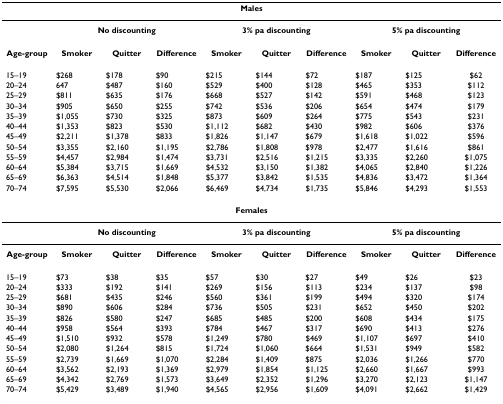
<table><thead><tr><td colspan="10"><b>Males</b></td></tr></thead><tbody><tr><td></td><td colspan="3"><b>No discounting</b></td><td colspan="3"><b>3% pa discounting</b></td><td colspan="3"><b>5% pa discounting</b></td></tr><tr><td><b>Age-group</b></td><td><b>Smoker</b></td><td><b>Quitter</b></td><td><b>Difference</b></td><td><b>Smoker</b></td><td><b>Quitter</b></td><td><b>Difference</b></td><td><b>Smoker</b></td><td><b>Quitter</b></td><td><b>Difference</b></td></tr><tr><td>15–19</td><td>$268</td><td>$178</td><td>$90</td><td>$215</td><td>$144</td><td>$72</td><td>$187</td><td>$125</td><td>$62</td></tr><tr><td>20–24</td><td>647</td><td>$487</td><td>$160</td><td>$529</td><td>$400</td><td>$128</td><td>$465</td><td>$353</td><td>$112</td></tr><tr><td>25–29</td><td>$811</td><td>$635</td><td>$176</td><td>$668</td><td>$527</td><td>$142</td><td>$591</td><td>$468</td><td>$123</td></tr><tr><td>30–34</td><td>$905</td><td>$650</td><td>$255</td><td>$742</td><td>$536</td><td>$206</td><td>$654</td><td>$474</td><td>$179</td></tr><tr><td>35–39</td><td>$1,055</td><td>$730</td><td>$325</td><td>$873</td><td>$609</td><td>$264</td><td>$775</td><td>$543</td><td>$231</td></tr><tr><td>40–44</td><td>$1,353</td><td>$823</td><td>$530</td><td>$1,112</td><td>$682</td><td>$430</td><td>$982</td><td>$606</td><td>$376</td></tr><tr><td>45–49</td><td>$2,211</td><td>$1,378</td><td>$833</td><td>$1,826</td><td>$1,147</td><td>$679</td><td>$1,618</td><td>$1,022</td><td>$596</td></tr><tr><td>50–54</td><td>$3,355</td><td>$2,160</td><td>$1,195</td><td>$2,786</td><td>$1,808</td><td>$978</td><td>$2,477</td><td>$1,616</td><td>$861</td></tr><tr><td>55–59</td><td>$4,457</td><td>$2,984</td><td>$1,474</td><td>$3,731</td><td>$2,516</td><td>$1,215</td><td>$3,335</td><td>$2,260</td><td>$1,075</td></tr><tr><td>60–64</td><td>$5,384</td><td>$3,715</td><td>$1,669</td><td>$4,532</td><td>$3,150</td><td>$1,382</td><td>$4,065</td><td>$2,840</td><td>$1,226</td></tr><tr><td>65–69</td><td>$6,363</td><td>$4,514</td><td>$1,848</td><td>$5,377</td><td>$3,842</td><td>$1,535</td><td>$4,836</td><td>$3,472</td><td>$1,364</td></tr><tr><td>70–74</td><td>$7,595</td><td>$5,530</td><td>$2,066</td><td>$6,469</td><td>$4,734</td><td>$1,735</td><td>$5,846</td><td>$4,293</td><td>$1,553</td></tr><tr><td colspan="10"><b>Females</b></td></tr><tr><td></td><td colspan="3"><b>No discounting</b></td><td colspan="3"><b>3% pa discounting</b></td><td colspan="3"><b>5% pa discounting</b></td></tr><tr><td><b>Age-group</b></td><td><b>Smoker</b></td><td><b>Quitter</b></td><td><b>Difference</b></td><td><b>Smoker</b></td><td><b>Quitter</b></td><td><b>Difference</b></td><td><b>Smoker</b></td><td><b>Quitter</b></td><td><b>Difference</b></td></tr><tr><td>15–19</td><td>$73</td><td>$38</td><td>$35</td><td>$57</td><td>$30</td><td>$27</td><td>$49</td><td>$26</td><td>$23</td></tr><tr><td>20–24</td><td>$333</td><td>$192</td><td>$141</td><td>$269</td><td>$156</td><td>$113</td><td>$234</td><td>$137</td><td>$98</td></tr><tr><td>25–29</td><td>$681</td><td>$435</td><td>$246</td><td>$560</td><td>$361</td><td>$199</td><td>$494</td><td>$320</td><td>$174</td></tr><tr><td>30–34</td><td>$890</td><td>$606</td><td>$284</td><td>$736</td><td>$505</td><td>$231</td><td>$652</td><td>$450</td><td>$202</td></tr><tr><td>35–39</td><td>$826</td><td>$580</td><td>$247</td><td>$685</td><td>$485</td><td>$200</td><td>$608</td><td>$434</td><td>$175</td></tr><tr><td>40–44</td><td>$958</td><td>$564</td><td>$393</td><td>$784</td><td>$467</td><td>$317</td><td>$690</td><td>$413</td><td>$276</td></tr><tr><td>45–49</td><td>$1,510</td><td>$932</td><td>$578</td><td>$1,249</td><td>$780</td><td>$469</td><td>$1,107</td><td>$697</td><td>$410</td></tr><tr><td>50–54</td><td>$2,080</td><td>$1,264</td><td>$815</td><td>$1,724</td><td>$1,060</td><td>$664</td><td>$1,531</td><td>$949</td><td>$582</td></tr><tr><td>55–59</td><td>$2,739</td><td>$1,669</td><td>$1,070</td><td>$2,284</td><td>$1,409</td><td>$875</td><td>$2,036</td><td>$1,266</td><td>$770</td></tr><tr><td>60–64</td><td>$3,562</td><td>$2,193</td><td>$1,369</td><td>$2,979</td><td>$1,854</td><td>$1,125</td><td>$2,660</td><td>$1,667</td><td>$993</td></tr><tr><td>65–69</td><td>$4,342</td><td>$2,769</td><td>$1,573</td><td>$3,649</td><td>$2,352</td><td>$1,296</td><td>$3,270</td><td>$2,123</td><td>$1,147</td></tr><tr><td>70–74</td><td>$5,429</td><td>$3,489</td><td>$1,940</td><td>$4,565</td><td>$2,956</td><td>$1,609</td><td>$4,091</td><td>$2,662</td><td>$1,429</td></tr></tbody></table>